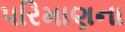
પરિમાણના